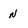
Character: n